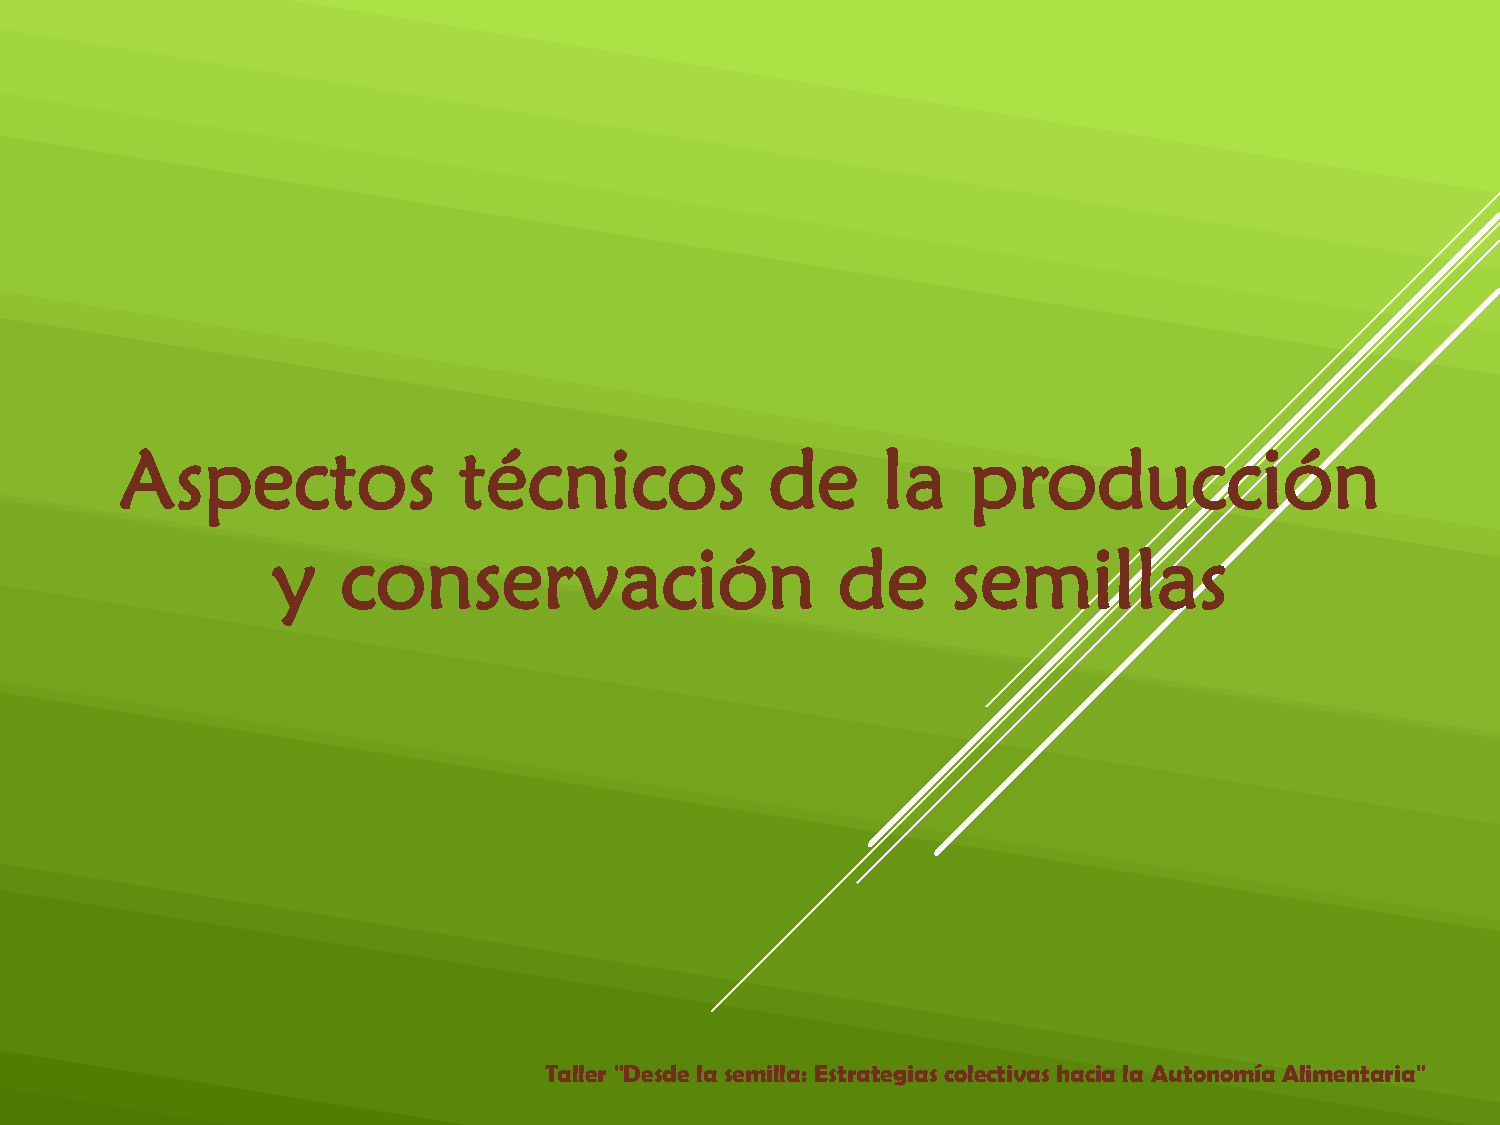
Aspectos              técnicos             de     la    producción
 y    conservación                    de      semillas
 Taller "Desde la semilla: Estrategias colectivas hacia la Autonomía Alimentaria"